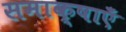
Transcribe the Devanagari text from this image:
समाक्षाएँ